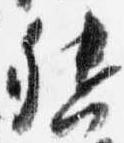
督